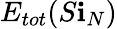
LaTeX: E_{tot}(S\mathbf{i}_{N})